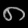
Digit: ၈